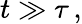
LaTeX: t\gg\tau\, ,